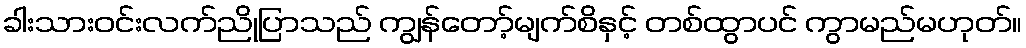
ခါးသားဝင်းလက်ညိုပြာသည် ကျွန်တော့်မျက်စိနှင့် တစ်ထွာပင် ကွာမည်မဟုတ်။